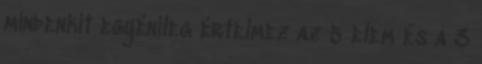
mindenkit egyénileg értelmez az 5 elem és a 3